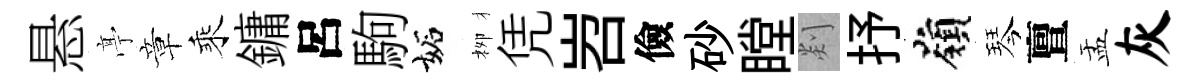
悬𠅘章乘鏞呂駒妬栁凭岧儉砂瞠剡抒嶺琴亶盂灰